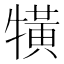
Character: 𤛥